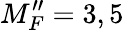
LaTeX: M_{F}^{\prime\prime}=3,5